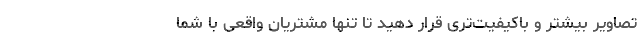
تصاویر بیشتر و باکیفیت‌تری قرار دهید تا تنها مشتریان واقعی با شما